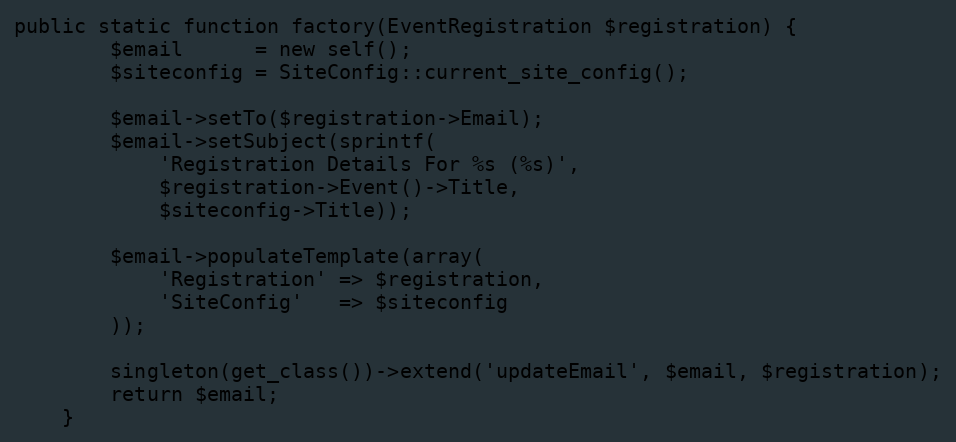
Language: PHP
public static function factory(EventRegistration $registration) {
		$email      = new self();
		$siteconfig = SiteConfig::current_site_config();

		$email->setTo($registration->Email);
		$email->setSubject(sprintf(
			'Registration Details For %s (%s)',
			$registration->Event()->Title,
			$siteconfig->Title));

		$email->populateTemplate(array(
			'Registration' => $registration,
			'SiteConfig'   => $siteconfig
		));

		singleton(get_class())->extend('updateEmail', $email, $registration);
		return $email;
	}